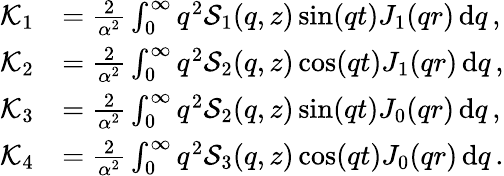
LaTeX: \begin{array}{rl}{\mathcal{K}_{1}}&{=\frac{2}{\alpha^{2}}\int_{0}^{\infty}q^{2}\mathcal{S}_{1}(q,z)\sin(qt)J_{1}(qr)\, \mathrm{d}q\, ,}\\ {\mathcal{K}_{2}}&{=\frac{2}{\alpha^{2}}\int_{0}^{\infty}q^{2}\mathcal{S}_{2}(q,z)\cos(qt)J_{1}(qr)\, \mathrm{d}q\, ,}\\ {\mathcal{K}_{3}}&{=\frac{2}{\alpha^{2}}\int_{0}^{\infty}q^{2}\mathcal{S}_{2}(q,z)\sin(qt)J_{0}(qr)\, \mathrm{d}q\, ,}\\ {\mathcal{K}_{4}}&{=\frac{2}{\alpha^{2}}\int_{0}^{\infty}q^{2}\mathcal{S}_{3}(q,z)\cos(qt)J_{0}(qr)\, \mathrm{d}q\, .}\end{array}